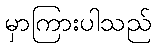
မှာကြားပါသည်